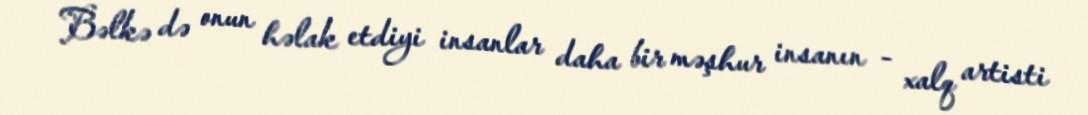
Bəlkə də onun həlak etdiyi insanlar daha bir məşhur insanın - xalq artisti